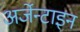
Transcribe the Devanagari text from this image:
अर्जेन्टाइन